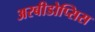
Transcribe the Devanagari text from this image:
अरबीडोप्सिस